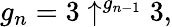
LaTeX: g_{n}=3\uparrow^{g_{n-1}}3,